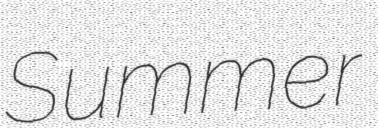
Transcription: Summer